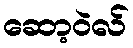
ဆော့ဝဲလ်